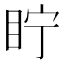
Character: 眝